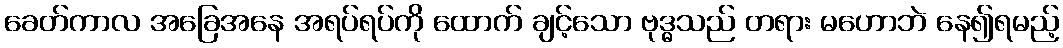
ခေတ်ကာလ အခြေအနေ အရပ်ရပ်ကို ထောက် ချင့်သော ဗုဒ္ဓသည် တရား မဟောဘဲ နေ၍ရမည့်